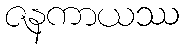
ဇနကာယဿ